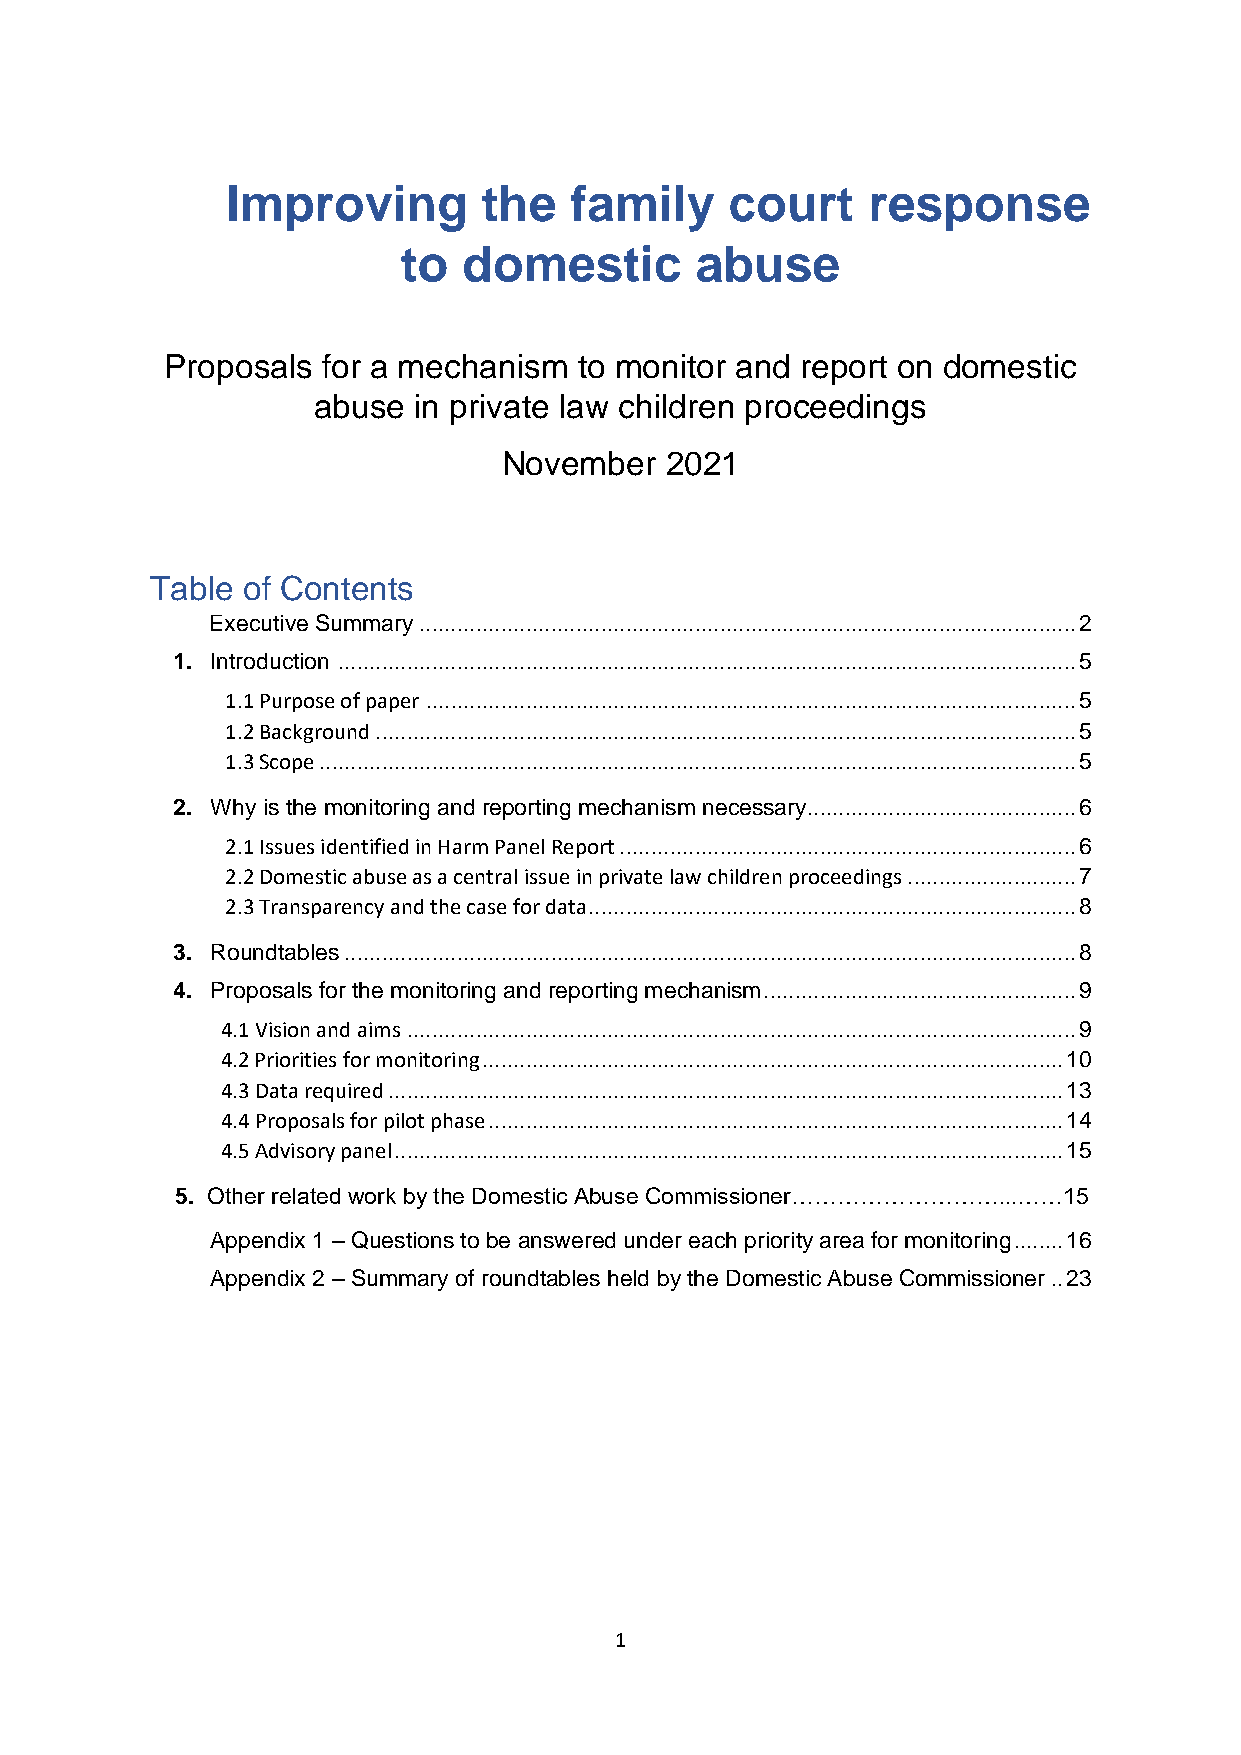
Improving        the   family    court    response
 to  domestic       abuse
 Proposals for a mechanism  to monitor and report on domestic
 abuse in private law children proceedings
 November   2021
 Table of Contents
 Executive Summary ......................................................................................................... 2
 1. Introduction ...................................................................................................................... 5
 1.1 Purpose of paper ........................................................................................................ 5
 1.2 Background ................................................................................................................ 5
 1.3 Scope ......................................................................................................................... 5
 2. Why is the monitoring and reporting mechanism necessary........................................... 6
 2.1 Issues identified in Harm Panel Report ......................................................................... 6
 2.2 Domestic abuse as a central issue in private law children proceedings ........................... 7
 2.3 Transparency and the case for data .............................................................................. 8
 3. Roundtables ..................................................................................................................... 8
 4. Proposals for the monitoring and reporting mechanism .................................................. 9
 4.1 Vision and aims ........................................................................................................... 9
 4.2 Priorities for monitoring ............................................................................................. 10
 4.3 Data required ............................................................................................................ 13
 4.4 Proposals for pilot phase ............................................................................................ 14
 4.5 Advisory panel ........................................................................................................... 15
 5. Other related work by the Domestic Abuse Commissioner………………………...……15
 Appendix 1 – Questions to be answered under each priority area for monitoring ........ 16
 Appendix 2 – Summary of roundtables held by the Domestic Abuse Commissioner .. 23
 1